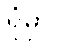
ရုံမှာ